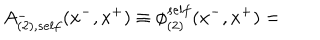
A _ { ( 2 ) , s e l f } ^ { - } ( x ^ { - } , x ^ { + } ) \equiv { \phi } _ { ( 2 ) } ^ { s e l f } ( x ^ { - } , x ^ { + } ) =